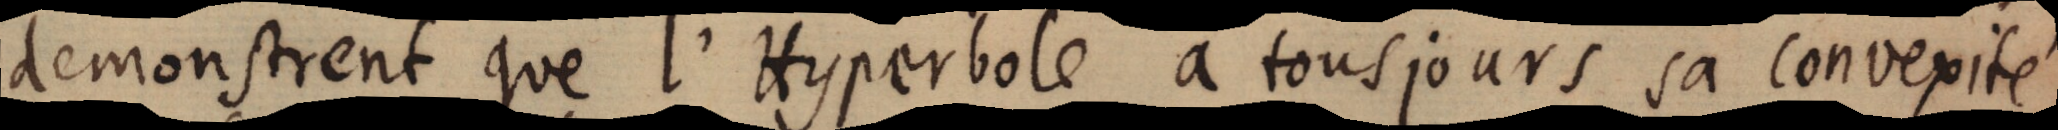
demonstrent que l’Hyperbole a tousjours sa convexité